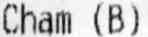
CHAM (B)